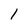
Character: l